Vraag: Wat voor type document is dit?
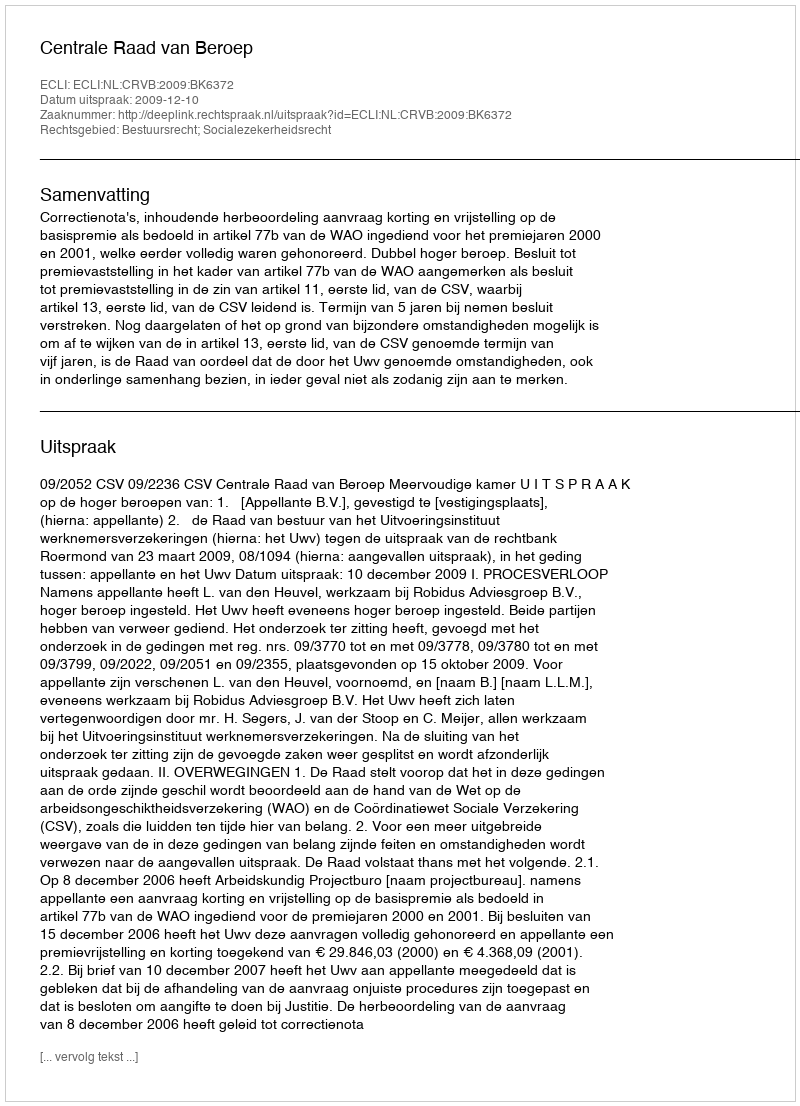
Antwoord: Uitspraak